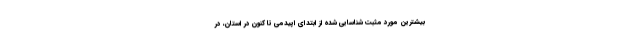
بیشترین مورد مثبت شناسایی شده از ابتدای اپیدمی تا کنون در استان، در